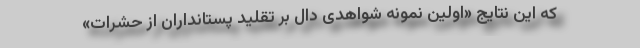
که این نتایج «اولین نمونه شواهدی دال بر تقلید پستانداران از حشرات»